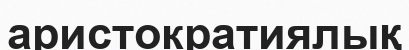
аристократиялық